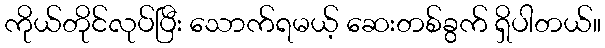
ကိုယ်တိုင်လုပ်ပြီး သောက်ရမယ့် ဆေးတစ်ခွက် ရှိပါတယ်။